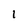
Character: 1